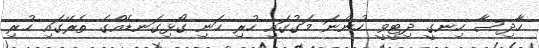
ހާދިސާ ހިނގީ ދިޓީވީ ހުންނަ މަގުގައި ހުރި ހަނި ގޯޅިގަނޑެއްގެ ތެރޭގައި ހުރި